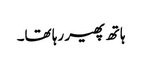
ہاتھ پھیر رہا تھا۔